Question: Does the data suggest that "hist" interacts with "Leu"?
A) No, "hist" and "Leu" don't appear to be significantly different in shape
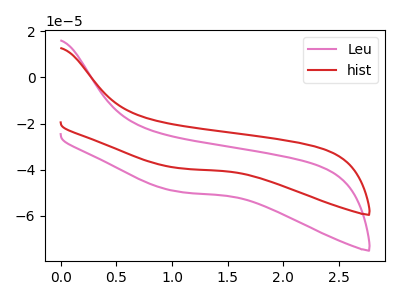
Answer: <think>The pink curve "Leu" has no peaks. The red curve "hist" has no peaks.
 Neither "hist" or "Leu" have any peaks.</think>
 <answer>A) No, "hist" and "Leu" don't appear to be significantly different in shape</answer>
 <eval>A</eval>